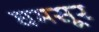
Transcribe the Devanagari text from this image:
घमसूर